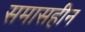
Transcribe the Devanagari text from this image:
समासहीन